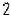
2